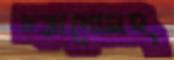
চড়ানোসহ